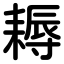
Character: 耨